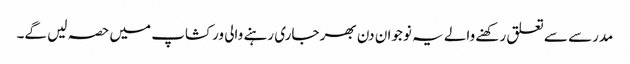
مدرسے سے تعلق رکھنے والے یہ نوجوان دن بھر جاری رہنے والی ورکشاپ میں حصہ لیں گے۔